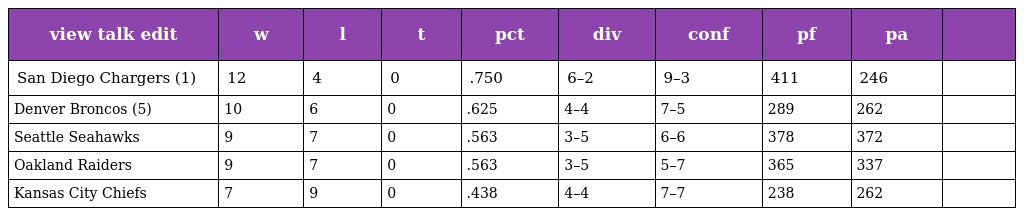
| view talk edit | w | l | t | pct | div | conf | pf | pa |  |
 | --- | --- | --- | --- | --- | --- | --- | --- | --- | --- |
 | San Diego Chargers (1) | 12 | 4 | 0 | .750 | 6–2 | 9–3 | 411 | 246 |  |
 | Denver Broncos (5) | 10 | 6 | 0 | .625 | 4–4 | 7–5 | 289 | 262 |  |
 | Seattle Seahawks | 9 | 7 | 0 | .563 | 3–5 | 6–6 | 378 | 372 |  |
 | Oakland Raiders | 9 | 7 | 0 | .563 | 3–5 | 5–7 | 365 | 337 |  |
 | Kansas City Chiefs | 7 | 9 | 0 | .438 | 4–4 | 7–7 | 238 | 262 |  |